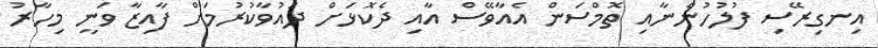
އިނގިރޭސި ފުލުހުންނާއި ތޮމްސަން އެއާވޭސް އާއި ދެކޮޅަށް ދައުވާކުރުމަށް ފާއިޒާ ވަނީ މިހާރު